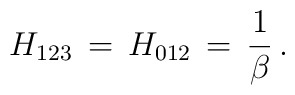
H_{123} \,=\, H_{012} \,=\, \frac{1}{\beta} \, .